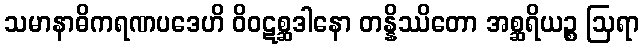
သမာနာဓိကရဏပဒေဟိ ဝိဝဋစ္ဆဒါနော တန္နိဿိတော အစ္ဆရိယဉ္စ ဩရာ